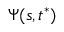
\Psi ( s , t ^ { * } )